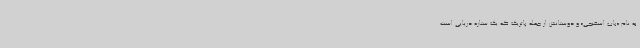
به نام «باب اسفنجی» و دوستانش از جمله پاتریک که یک ستاره دریایی است